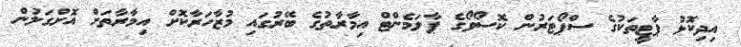
އިދިކޮޅު ޕާޓީތަކުގެ ސްޕޯޓަރުން ކޮސޯވޯގެ ޕާލަމެންޓް އިމާރާތުގެ ބޭރުގައި މުޒާހަރާކޮށް އިމާރާތަށް އޮށްގަލުން